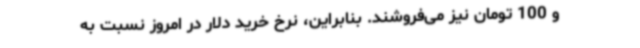
و 100 تومان نیز می‌فروشند. بنابراین، نرخ خرید دلار در امروز نسبت به